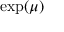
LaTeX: \exp ( \mu )